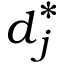
\boldsymbol { d } _ { j } ^ { * }